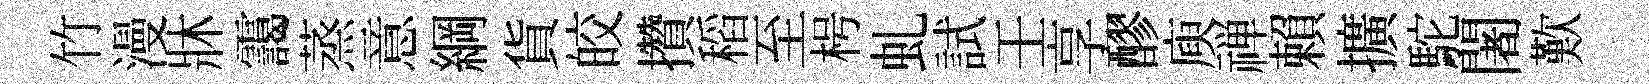
竹漫牀靄蒸意綱貨皎攢稻至枵虬試壬享醪庾禅賴擴駝闍歎